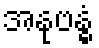
အနုဗန္ဓံ